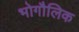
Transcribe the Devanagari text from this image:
भोगौलिक